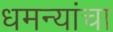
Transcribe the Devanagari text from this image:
धमन्यांचा